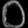
Digit: ၀